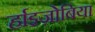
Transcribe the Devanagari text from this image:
र्हाइज़ोबिया